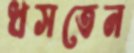
ধসতেন